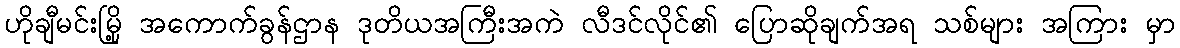
ဟိုချီမင်းမြို့ အကောက်ခွန်ဌာန ဒုတိယအကြီးအကဲ လီဒင်လိုင်၏ ပြောဆိုချက်အရ သစ်များ အကြား မှာ